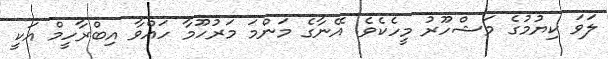
ލަވަ ކިޔުމުގެ މަޝްހޫރު މީހެކެވެ. އޭނާގެ މަންމަ މަރުހޫމާ ހައްވާ އިބްރާހީމް އަކީ